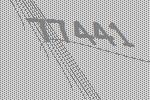
77441